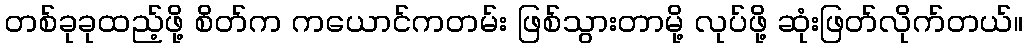
တစ်ခုခုထည့်ဖို့ စိတ်က ကယောင်ကတမ်း ဖြစ်သွားတာမို့ လုပ်ဖို့ ဆုံးဖြတ်လိုက်တယ်။